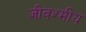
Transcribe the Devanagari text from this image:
जीवश्मीय